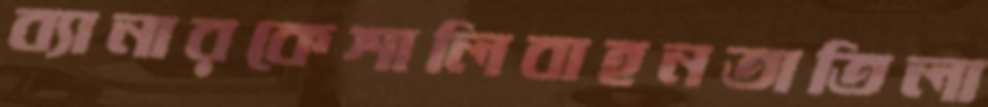
ব্যানারকেশালিবাহনতাতিলা